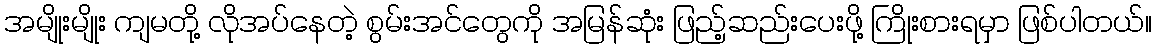
အမျိုးမျိုး ကျမတို့ လိုအပ်နေတဲ့ စွမ်းအင်တွေကို အမြန်ဆုံး ဖြည့်ဆည်းပေးဖို့ ကြိုးစားရမှာ ဖြစ်ပါတယ်။